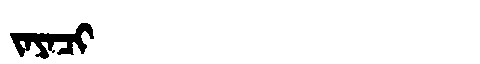
Manchu: ᠵᠠᠶᠠᠴᡳ
Romanization: JAYACI